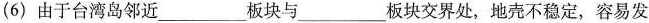
(6)由于台湾岛邻近___板块与___板块交界处，地壳不稳定，容易发